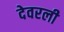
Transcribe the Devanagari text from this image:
देवरली